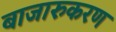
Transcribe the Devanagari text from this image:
बाजारुकरण